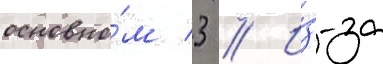
основно́м 3 // И́з-за